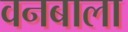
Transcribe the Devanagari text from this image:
वनबाला